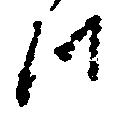
つ